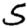
Digit: 5